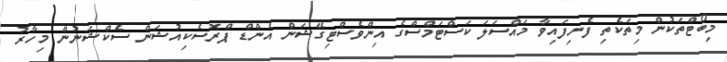
މިބޯޓްތަކުން މިތަކެތި ފެނިފައިވާ މައްސަލަ ކަސްޓަމްސްގެ އިންވެސްޓިގޭޝަން އެންޑް ޕްރޮސެކިއުޝަން ސެކްޝަނުން މިހާރު